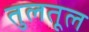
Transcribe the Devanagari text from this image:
तुलतूल